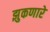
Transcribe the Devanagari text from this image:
झुकणारे